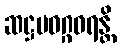
ဆဋ္ဌမဝဂ္ဂဝရန္တိ